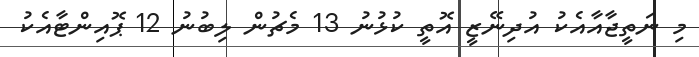
މި ނަތީޖާއާއެކު އުދިނޭޒީ އޮތީ ކުޅުނު 13 މެޗުން ލިބުނު 12 ޕޮއިންޓާއެކު